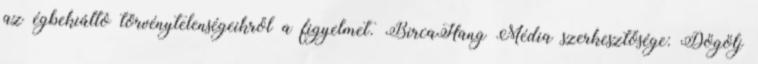
az égbekiáltó törvénytelenségeikről a figyelmet. BircaHang Média szerkesztősége: Dögölj